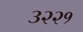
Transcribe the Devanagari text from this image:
३२२१